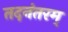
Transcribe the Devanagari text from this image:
तदनंतरम्